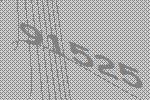
91525